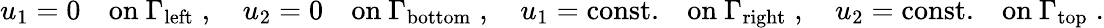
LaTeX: u_{1}=0\quad\mathrm{on~}\Gamma_{\mathrm{left}}\; ,\quad u_{2}=0\quad\mathrm{on~}\Gamma_{\mathrm{bottom}}\; ,\quad u_{1}=\mathrm{const.}\quad\mathrm{on~}\Gamma_{\mathrm{right}}\; ,\quad u_{2}=\mathrm{const.}\quad\mathrm{on~}\Gamma_{\mathrm{top}}\; .